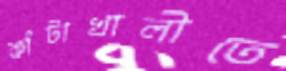
কাঁটাখালীতে